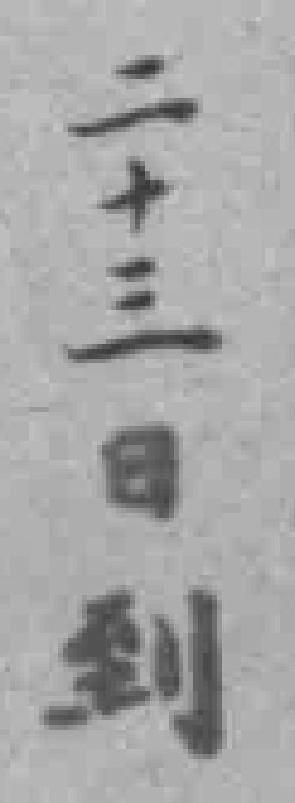
二十三日到